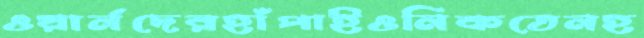
ওয়ার্নদেরহাঁপাইওনিকতেনহ